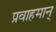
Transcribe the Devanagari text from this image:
प्रवाहमान्